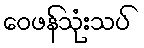
ဝေဖန်သုံးသပ်